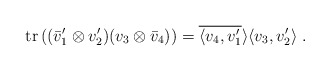
\begin{align*}\mathrm{tr}\left( (\bar v_1'\otimes v_2')(v_3\otimes\bar v_4)\right)=\overline{\langle v_4,v'_1}\rangle\langle v_3,v_2'\rangle\;.\end{align*}